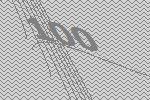
100